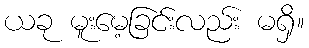
ယခု မူးမေ့ခြင်းလည်း မရှိ။